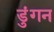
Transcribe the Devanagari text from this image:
डुंगन